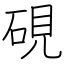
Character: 硯